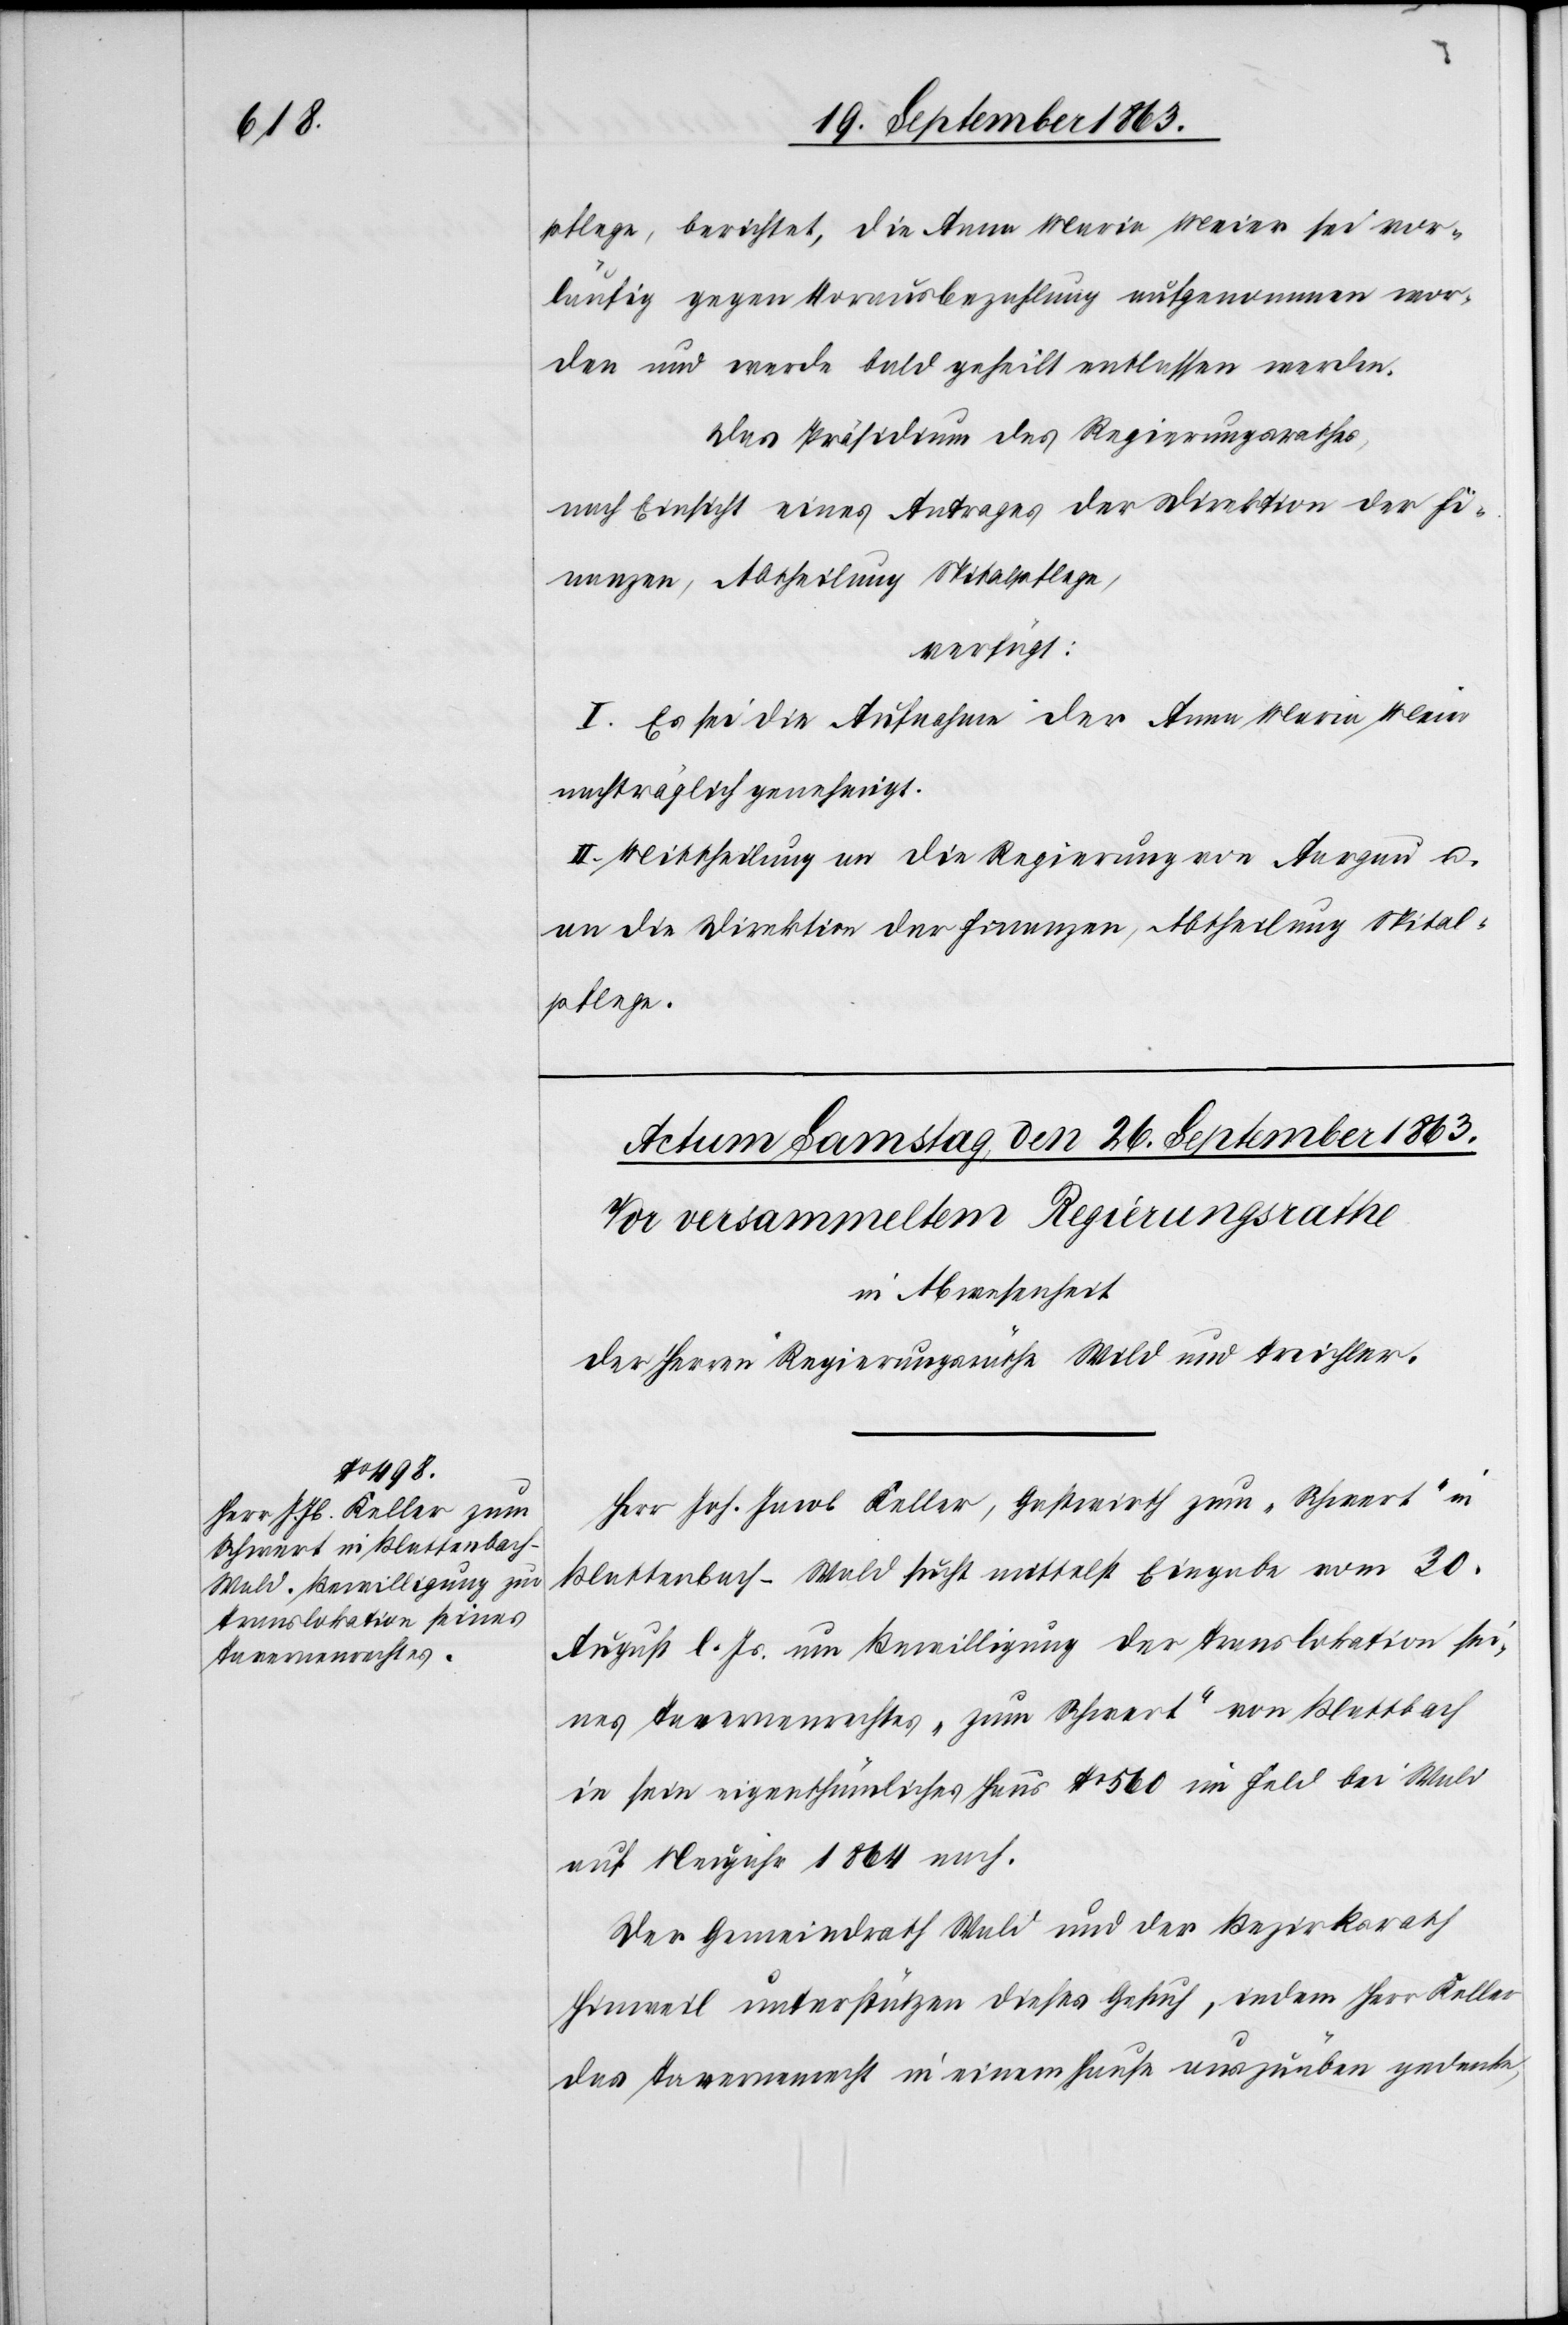
pflege, berichtet, die Anna Maria Meier sei vor¬
läufig gegen Vorausbezahlung aufgenommen wor¬
den und werde bald geheilt entlassen werden.
Das Präsidium des Regierungsrathes,
nach Einsicht eines Antrages der Direktion der Fi¬
nanzen, Abtheilung Spitalpflege,
verfügt:
I. Es sei die Aufnahme der Anna Maria Meier
nachträglich genehmigt.
II. Mittheilung an die Regierung von Aargau u.
an die Direktion der Finanzen, Abtheilung Spital¬
pflege.
Herr Joh. Jacob Keller, Gastwirth zum „Schwert“ in
Blattenbach-Wald sucht mittelst Eingabe vom 30.
August l. Js. um Bewilligung der Translokation sei¬
nes Tavernenrechtes „zum Schwert“ von Blattbach
in sein eigenthümliches Haus No 560 im Feld bei Wald
auf Neujahr 1864 nach.
Der Gemeindrath Wald und der Bezirksrath
Hinweil unterstützen dieses Gesuch, indem Herr Keller
das Tavernenrecht in einem Hause auszuüben gedenke,